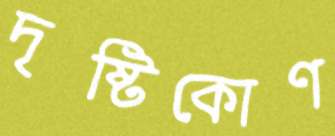
দৃষ্টিকোণ